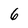
Character: 6